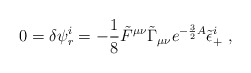
\begin{align*}0=\delta \psi^i_{r}= -{1\over 8}\tilde F^{\mu\nu}\tilde\Gamma_{\mu\nu}e^{-{3\over 2}A}\tilde\epsilon_+^i\ ,\end{align*}